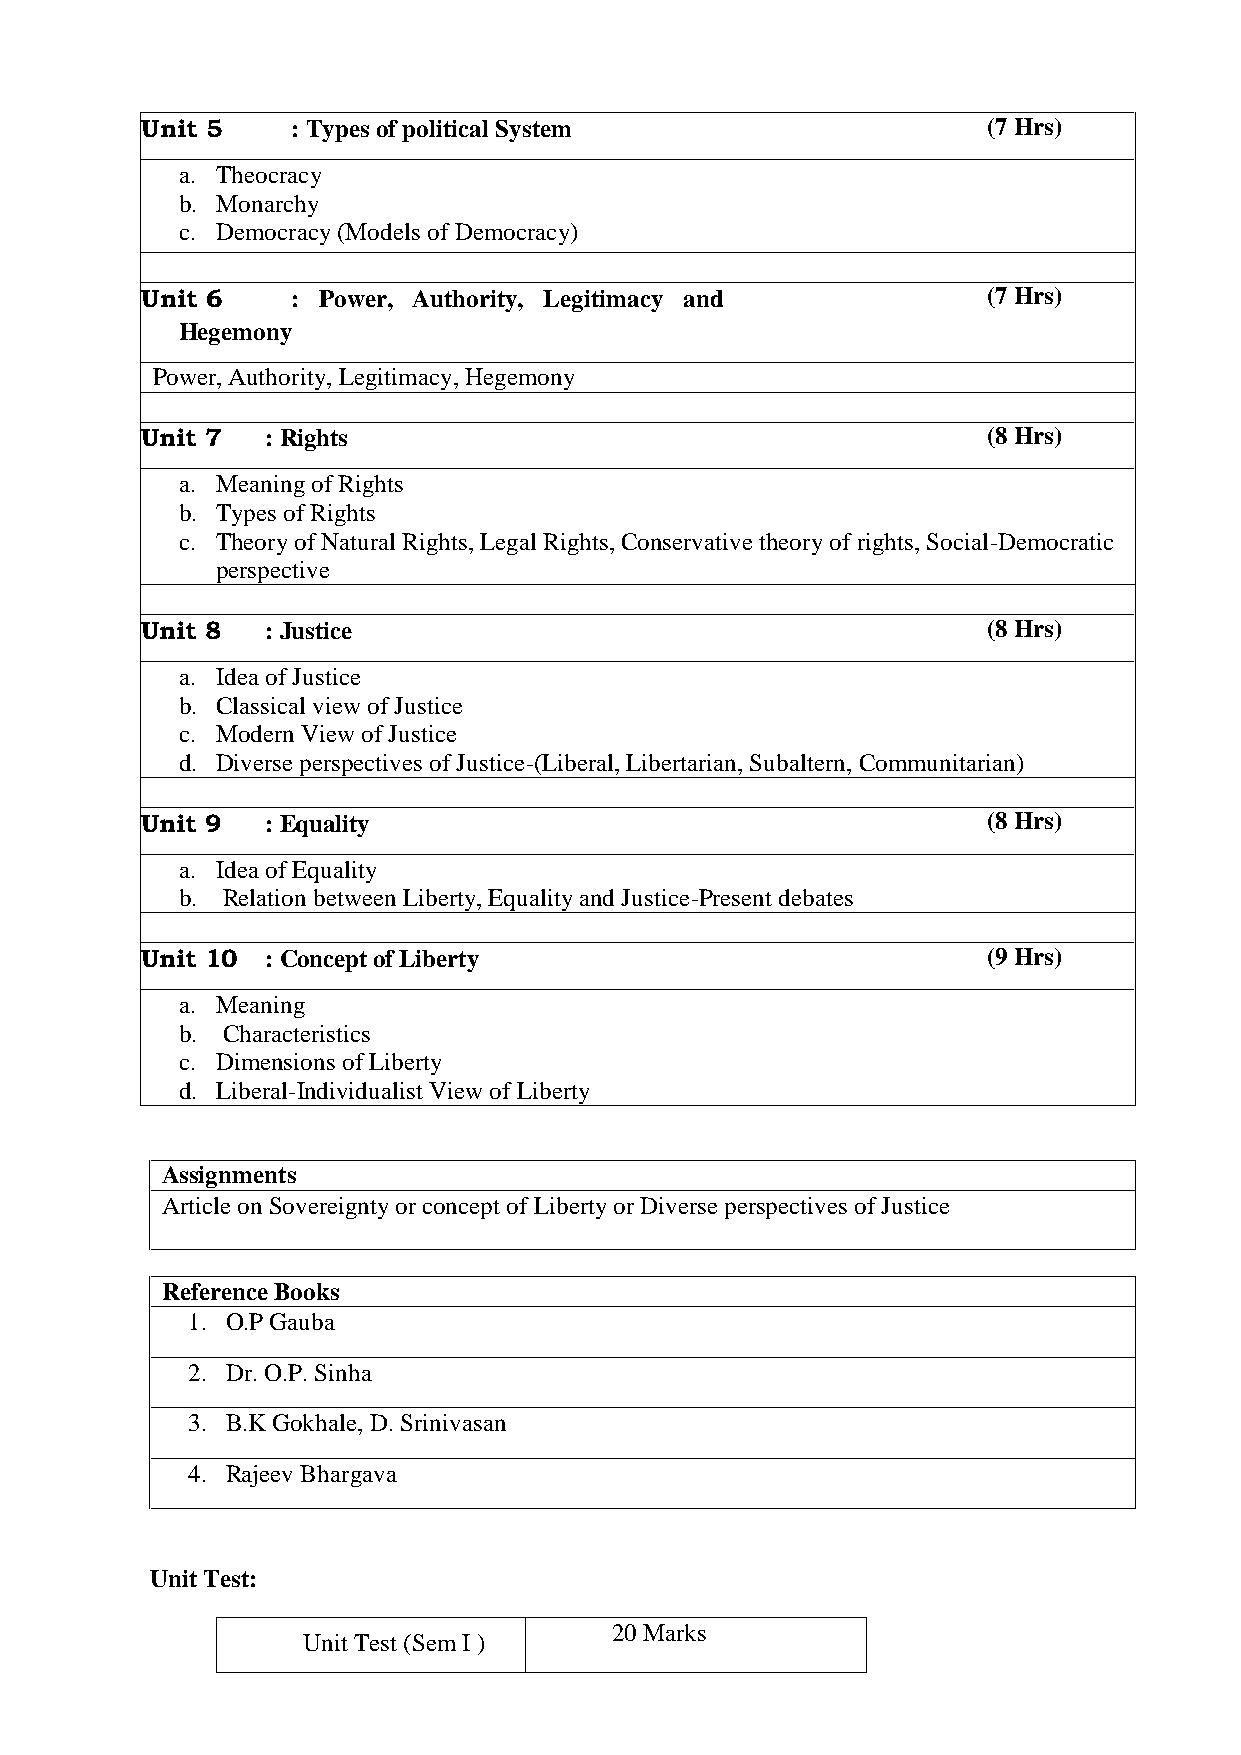
Unit 5    :Types of political System                    (7Hrs)
 a. Theocracy
 b. Monarchy
 c. Democracy (Models of Democracy)
 Unit 6    : Power, Authority, Legitimacy and            (7Hrs)
 Hegemony
 Power, Authority, Legitimacy, Hegemony
 Unit 7   :Rights                                        (8Hrs)
 a. Meaning of Rights
 b. Types of Rights
 c. Theory of Natural Rights, Legal Rights, Conservative theory of rights, Social-Democratic
 perspective
 Unit 8   :Justice                                       (8Hrs)
 a. Idea of Justice
 b. Classical view of Justice
 c. Modern View of Justice
 d. Diverse perspectives of Justice-(Liberal, Libertarian, Subaltern, Communitarian)
 Unit 9   :Equality                                      (8Hrs)
 a. Idea of Equality
 b. Relation between Liberty, Equality and Justice-Present debates
 Unit 10  :Concept of Liberty                            (9Hrs)
 a. Meaning
 b. Characteristics
 c. Dimensions of Liberty
 d. Liberal-Individualist View of Liberty
 Assignments
 Article on Sovereignty or concept of Liberty or Diverse perspectives of Justice
 ReferenceBooks
 1. O.P Gauba
 2. Dr. O.P. Sinha
 3. B.K Gokhale, D. Srinivasan
 4. Rajeev Bhargava
 Unit Test:
 20 Marks
 Unit Test (Sem I )